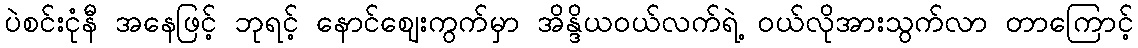
ပဲစင်းငုံနီ အနေဖြင့် ဘုရင့် နောင်ဈေးကွက်မှာ အိန္ဒိယဝယ်လက်ရဲ့ ဝယ်လိုအားသွက်လာ တာကြောင့်